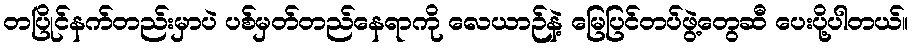
တပြိုင်နက်တည်းမှာပဲ ပစ်မှတ်တည်နေရာကို လေယာဉ်နဲ့ မြေပြင်တပ်ဖွဲ့တွေဆီ ပေးပို့ပါတယ်။